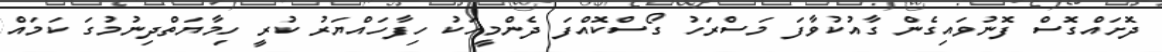
ދޮށައްގޮސް ފޮނުވައިގެން ގާއުކުވާފަ މަސްރަހު ގޯސްކޮއްފަ ދެންމީހަކު ހިފާހައްޔަރު ކުރީ ހިމާޔަތްދިނުމުގަ ކަމައް